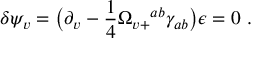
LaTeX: \delta \psi _ { v } = \bigl ( \partial _ { v } - { \frac { 1 } { 4 } } \Omega _ { v + } { } ^ { a b } \gamma _ { a b } \bigr ) \epsilon = 0 \ .